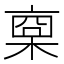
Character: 𣖇